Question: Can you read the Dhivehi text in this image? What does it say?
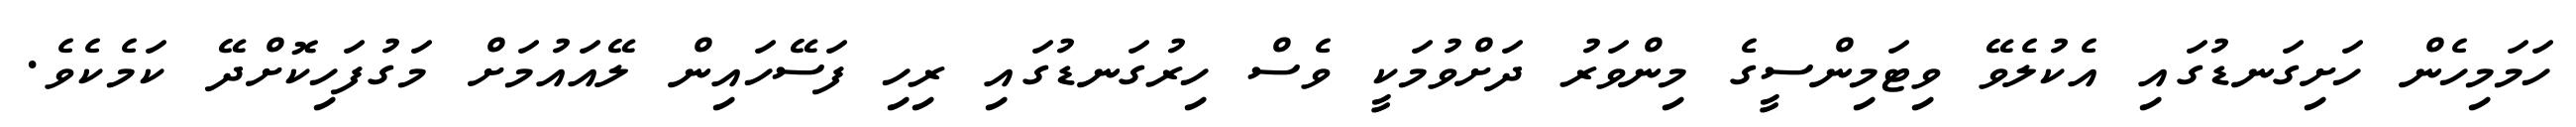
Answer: ހަމަމިހެން ހަށިގަނޑުގައި އެކުލެވޭ ވިޓަމިންސީގެ މިންވަރު ދަށްވުމަކީ ވެސް ހިރުގަނޑުގައި ރިހި ފަސޭހައިން ލޭއައުމަށް މަގުފަހިކޮށްދޭ ކަމެކެވެ.